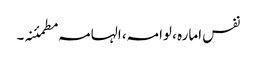
نفس امارہ ، لوامہ، الہامہ مطمئنہ۔